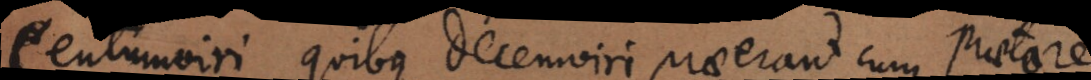
Centumviri, quibus decemviri praeerant cum praetore